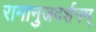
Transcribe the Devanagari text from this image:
रामानुजदर्शनम्